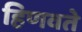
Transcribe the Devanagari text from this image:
हिणवते